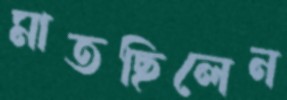
মাতছিলেন